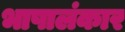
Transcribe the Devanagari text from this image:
भाषालंकार